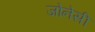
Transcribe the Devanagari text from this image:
जोनेसी